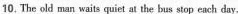
10.The sld man waits quier at the bus stop each day.